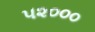
૫૨૦૦૦